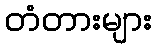
တံတားများ